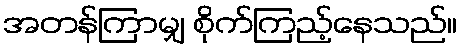
အတန်ကြာမျှ စိုက်ကြည့်နေသည်။